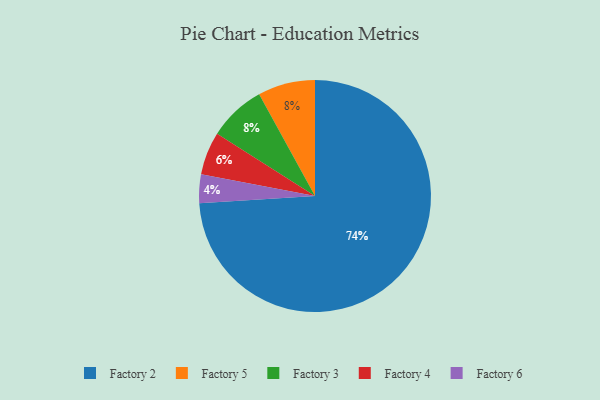
{"axis": {"x": "Category", "y": "Percentage"}, "legend": ["Factory 2", "Factory 3", "Factory 4", "Factory 5", "Factory 6"], "data": [{"x": "Factory 5", "y": 8, "type": "Factory 5"}, {"x": "Factory 4", "y": 6, "type": "Factory 4"}, {"x": "Factory 6", "y": 4, "type": "Factory 6"}, {"x": "Factory 2", "y": 74, "type": "Factory 2"}, {"x": "Factory 3", "y": 8, "type": "Factory 3"}]}